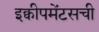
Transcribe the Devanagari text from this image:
इक्वीपमेंटसची